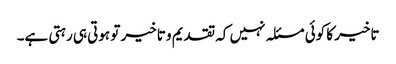
تاخیر کا کوئی مسئلہ نہیں کہ تقدیم و تاخیر تو ہوتی ہی رہتی ہے۔